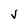
Character: V